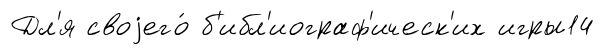
Дл'я своjего́ б'ибл'иограф'ическ'их игры14